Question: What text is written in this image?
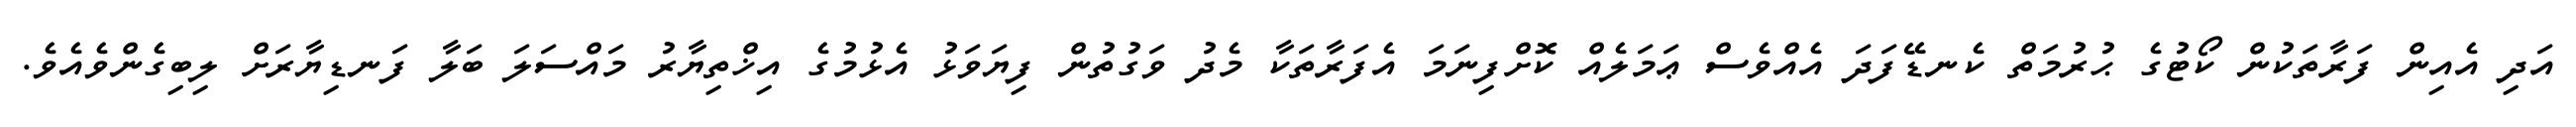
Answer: އަދި އެއިން ފަރާތަކުން ކޯޓުގެ ޙުރުމަތް ކެނޑޭފަދަ އެއްވެސް ޢަމަލެއް ކޮށްފިނަމަ އެފަރާތަކާ މެދު ވަގުތުން ފިޔަވަޅު އެޅުމުގެ އިޚްތިޔާރު މައްސަލަ ބަލާ ފަނޑިޔާރަށް ލިބިގެންވެއެވެ.